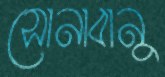
সোনাবানু